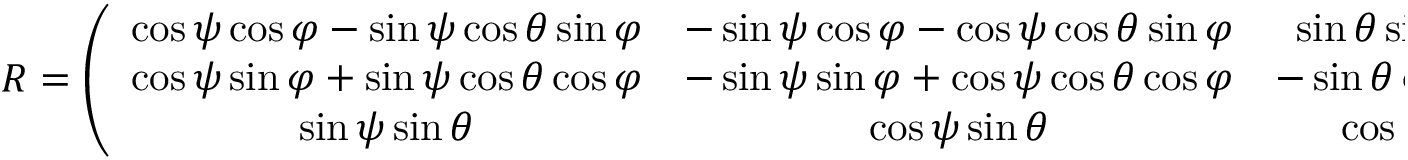
\begin{array} { r } { R = \left( \begin{array} { c c c } { \cos \psi \cos \varphi - \sin \psi \cos \theta \sin \varphi } & { - \sin \psi \cos \varphi - \cos \psi \cos \theta \sin \varphi } & { \sin \theta \sin \varphi } \\ { \cos \psi \sin \varphi + \sin \psi \cos \theta \cos \varphi } & { - \sin \psi \sin \varphi + \cos \psi \cos \theta \cos \varphi } & { - \sin \theta \cos \varphi } \\ { \sin \psi \sin \theta } & { \cos \psi \sin \theta } & { \cos \theta } \end{array} \right) } \end{array}